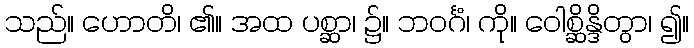
သည်။ ဟောတိ၊ ၏။ အထ ပစ္ဆာ၊ ၌။ ဘဝင်္ဂံ၊ ကို။ ဝေါစ္ဆိန္ဒိတွာ၊ ၍။